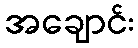
အချောင်း